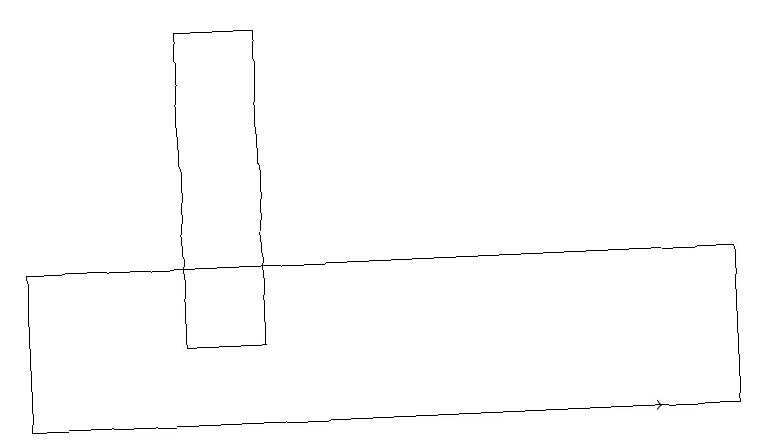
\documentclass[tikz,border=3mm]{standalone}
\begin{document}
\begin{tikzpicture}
\draw[->] (2,10) -- (8,10);
\draw (3,15) rectangle (2,11);
\draw (9,12) rectangle (0,10);
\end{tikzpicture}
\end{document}